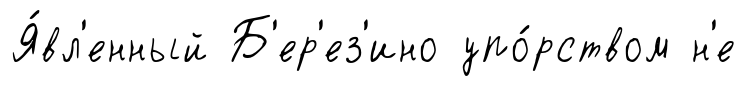
Я́вл'енный Б'ер'ез'ино упо́рством н'е